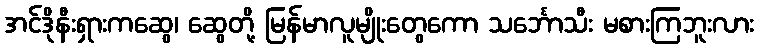
အင်ဒိုနီးရှားကဆွေ၊ ဆွေတို့ မြန်မာလူမျိုးတွေကော သင်္ဘောသီး မစားကြဘူးလား